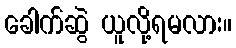
ခေါက်ဆွဲ ယူလို့ရမလား။